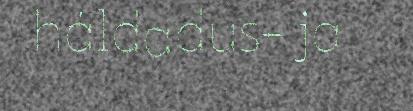
háldadus- ja